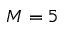
M = 5